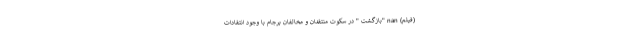
(فیلم) nan "بازگشت " در سکوت منتقدان و مخالفان برجام با وجود انتقادات